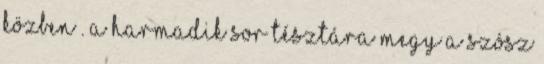
közben . A harmadik sor tésztára megy a szósz